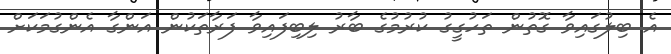
އެ ބިލުގައިވާ ގޮތުން ތަހުގީގު ކުރުމުގެ ބާރު ލިބިފައިވާ ފަރާތަކުން އަންގާ އެންގުމަކަށް